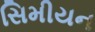
સિમીયન